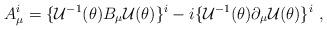
LaTeX: \begin{align*}A_{\mu}^i = \{ {\cal U}^{-1} ( \theta) B_{\mu} {\cal U} (\theta)\}^i-i\{ {\cal U}^{-1} (\theta) \partial_{\mu} {\cal U}(\theta) \}^i\ ,\end{align*}